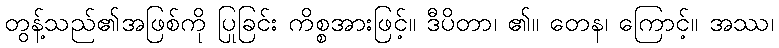
တွန့်သည်၏အဖြစ်ကို ပြုခြင်း ကိစ္စအားဖြင့်။ ဒီပိတာ၊ ၏။ တေန၊ ကြောင့်။ အဿ၊